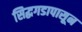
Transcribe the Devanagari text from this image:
सिद्धगडापासून